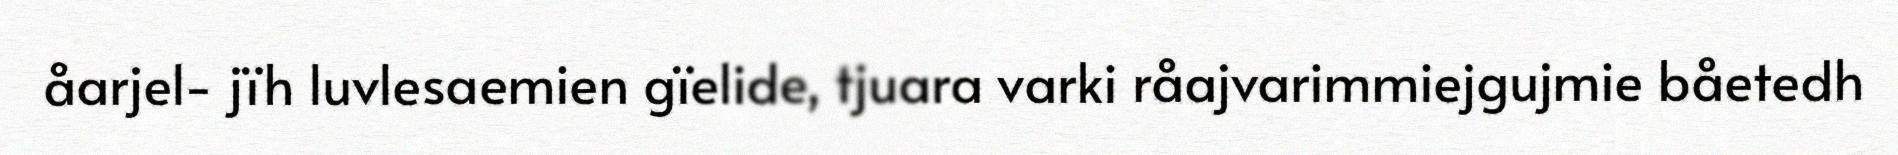
åarjel- jïh luvlesaemien gïelide, tjuara varki råajvarimmiejgujmie båetedh